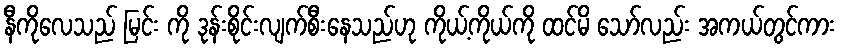
နီကိုလေသည် မြင်း ကို ဒုန်းစိုင်းလျက်စီးနေသည်ဟု ကိုယ့်ကိုယ်ကို ထင်မိ သော်လည်း အကယ်တွင်ကား